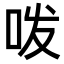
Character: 𭇜